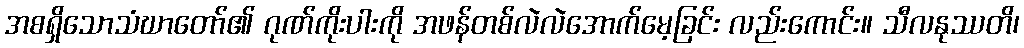
အစရှိသောသံဃာတော်၏ ဂုဏ်ကိုးပါးကို အဖန်တစ်လဲလဲအောက်မေ့ခြင်း လည်းကောင်း။ သီလနုဿတိ၊